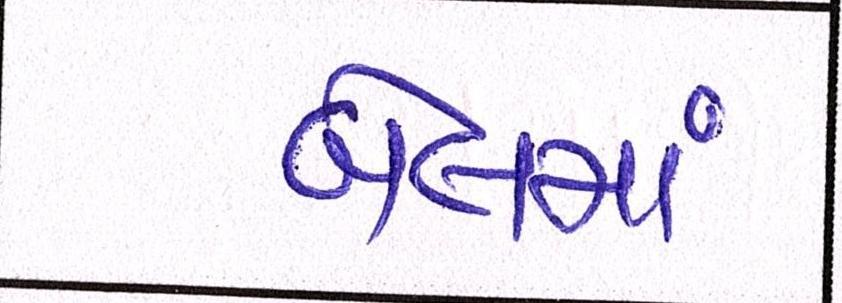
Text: બેલમાં